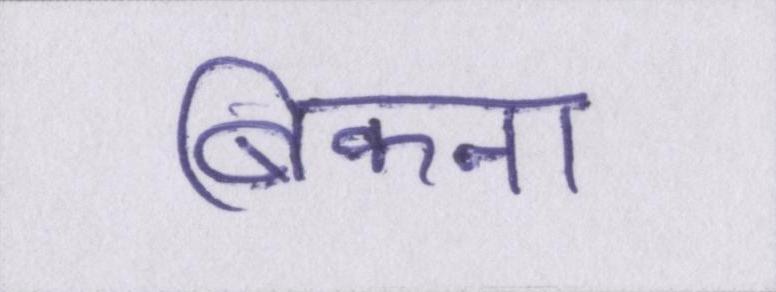
बिकना